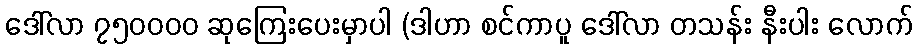
ဒေါ်လာ ၇၅၀၀၀၀ ဆုကြေးပေးမှာပါ (ဒါဟာ စင်ကာပူ ဒေါ်လာ တသန်း နီးပါး လောက်